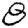
Digit: 8